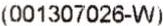
(001307026-W)